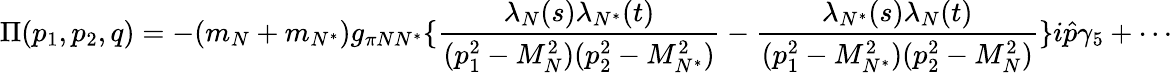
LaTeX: \Pi(p_{1},p_{2},q)=-(m_{N}+m_{N^{\ast}})g_{\pi NN^{\ast}}\{ {\frac{\lambda_{N}(s)\lambda_{N^{\ast}}(t)}{(p_{1}^{2}-M_{N}^{2})(p_{2}^{2}-M_{N^{\ast}}^{2})}}-{\frac{\lambda_{N^{\ast}}(s)\lambda_{N}(t)}{(p_{1}^{2}-M_{N^{\ast}}^{2})(p_{2}^{2}-M_{N}^{2})}}\} i{\hat{p}}\gamma_{5}+\cdots